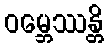
ဝမ္ဘေဿန္တိ